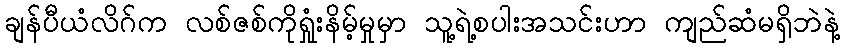
ချန်ပီယံလိဂ်က လစ်ဇစ်ကိုရှုံးနိမ့်မှုမှာ သူ့ရဲ့စပါးအသင်းဟာ ကျည်ဆံမရှိဘဲနဲ့